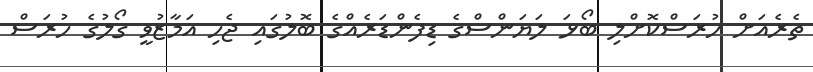
ތެރެއަށް ހުރަސްކޮށްލި ބޯޅަ ލަޔަންސްގެ ޑިފެންޑަރެއްގެ ބޮލުގައި ޖެހި އަމާޒުވީ ގޯލުގެ ހުރަސް